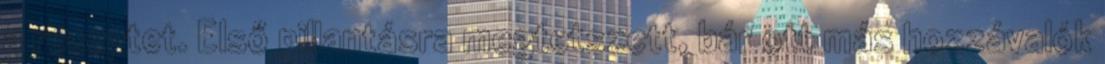
a receptet. Első pillantásra megtetszett, bár ott más hozzávalók